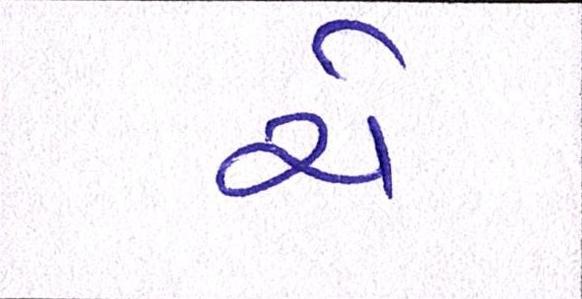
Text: ચે